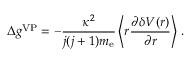
\Delta { g } ^ { \mathrm { V P } } = - \frac { \kappa ^ { 2 } } { j ( j + 1 ) m _ { \mathrm { e } } } \left\langle r \frac { \partial \delta V ( r ) } { \partial r } \right\rangle \, .